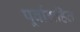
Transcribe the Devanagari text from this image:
पूर्वाग्रहित